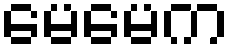
မေမေက